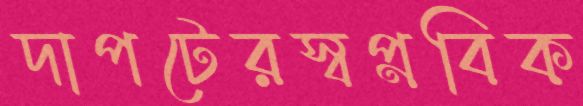
দাপটেরস্বপ্নবিক